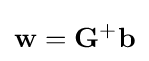
\mathbf {w} =\mathbf {G} ^{+}\mathbf {b}